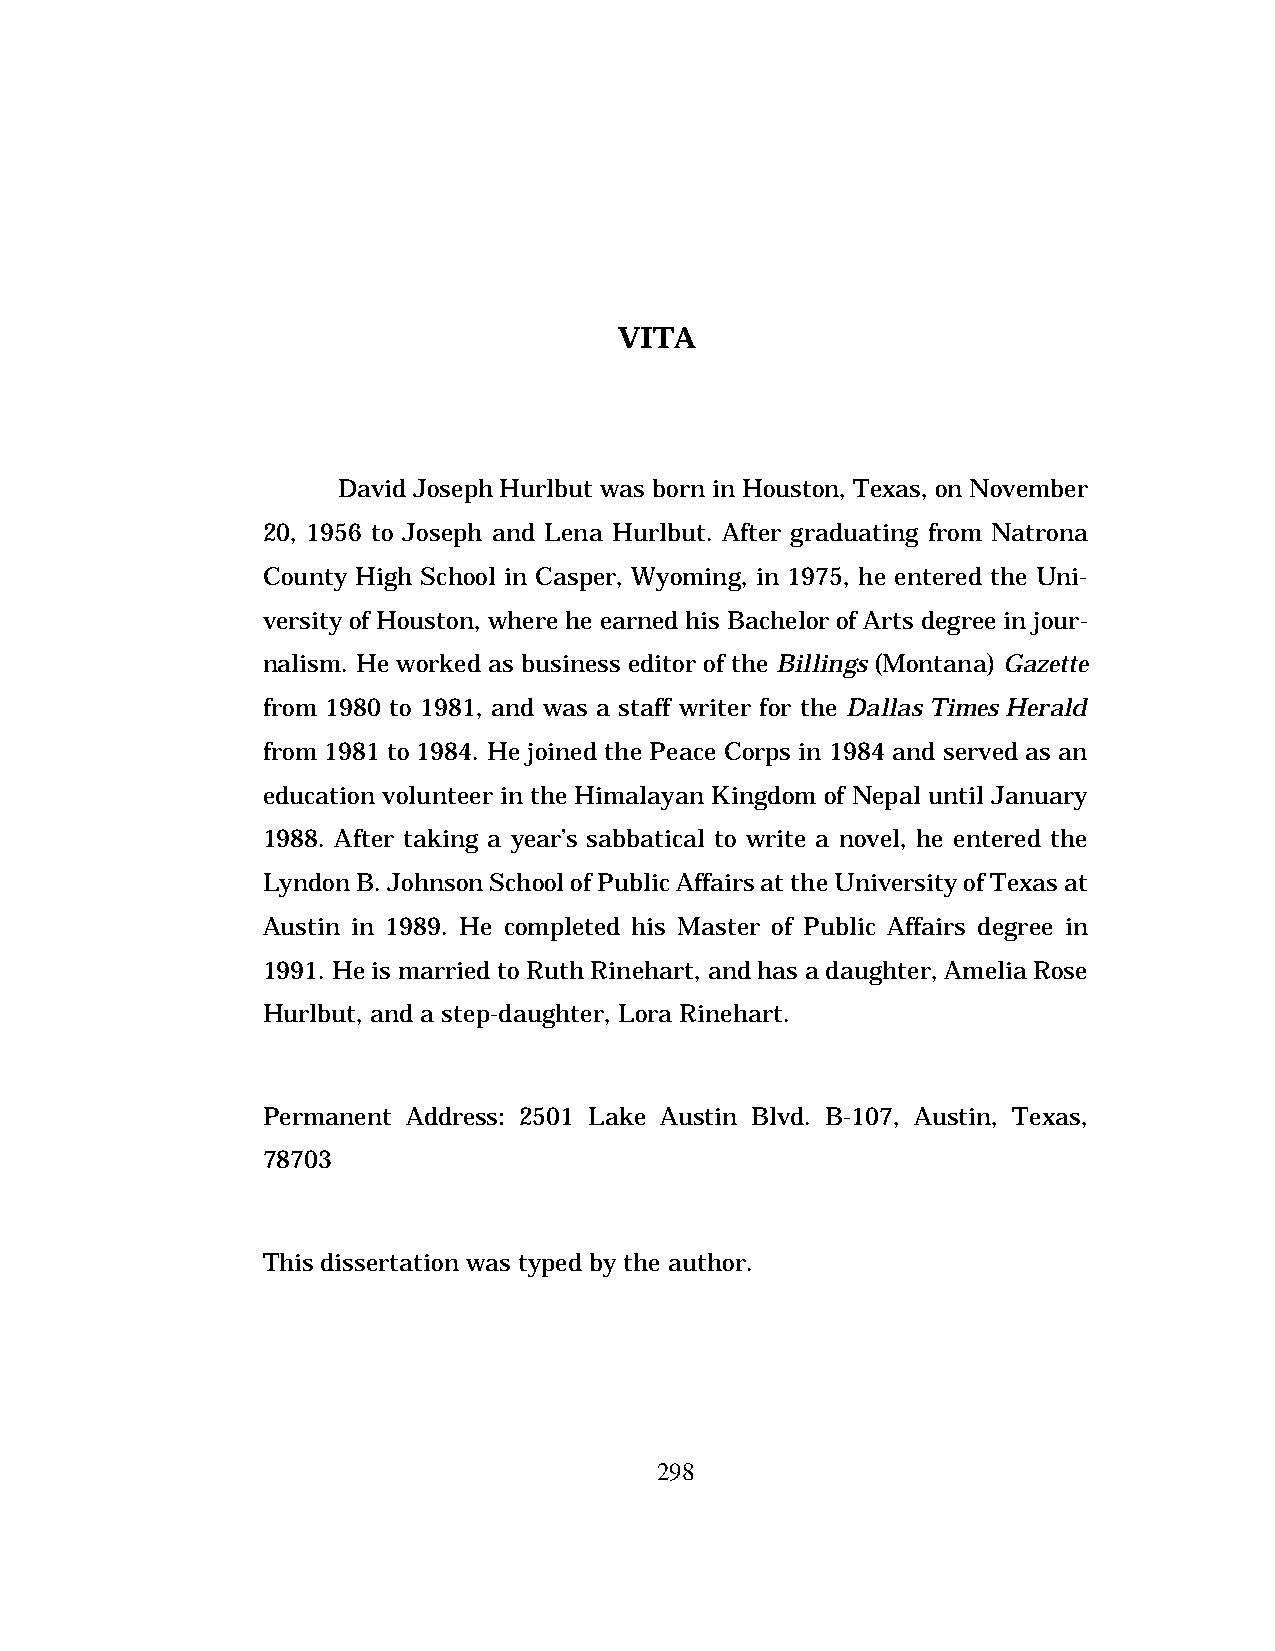
VITA
 David Joseph Hurlbut was born in Houston, Texas, on November
 20, 1956 to Joseph and Lena Hurlbut. After graduating from Natrona
 County High School in Casper, Wyoming, in 1975, he entered the Uni-
 versity of Houston, where he earned his Bachelor of Arts degree in jour-
 nalism. He worked as business editor of the Billings (Montana) Gazette
 from 1980 to 1981, and was a staff writer for the Dallas Times Herald
 from 1981 to 1984. He joined the Peace Corps in 1984 and served as an
 education volunteer in the Himalayan Kingdom of Nepal until January
 1988. After taking a year’s sabbatical to write a novel, he entered the
 Lyndon B. Johnson School of Public Affairs at the University of Texas at
 Austin in 1989. He completed his Master of Public Affairs degree in
 1991. He is married to Ruth Rinehart, and has a daughter, Amelia Rose
 Hurlbut, and a step-daughter, Lora Rinehart.
 Permanent Address: 2501 Lake Austin Blvd. B-107, Austin, Texas,
 78703
 This dissertation was typed by the author.
 298